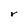
Character: r